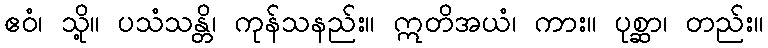
ဧဝံ၊ သို့။ ပသံသန္တိ၊ ကုန်သနည်း။ ဣတိအယံ၊ ကား။ ပုစ္ဆာ၊ တည်း။